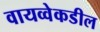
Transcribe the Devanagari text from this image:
वायव्वेकडील